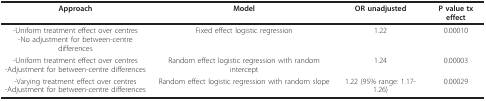
| Approach | Model | OR unadjusted | P value tx effect |
 | --- | --- | --- | --- |
 | -Uniform treatment effect over centres-No adjustment for between-centre differences | Fixed effect logistic regression | 1.22 | 0.00010 |
 | -Uniform treatment effect over centres-Adjustment for between-centre differences | Random effect logistic regression with random intercept | 1.24 | 0.00003 |
 | -Varying treatment effect over centres-Adjustment for between-centre differences | Random effect logistic regression with random slope | 1.22 (95% range: 1.17-1.26) | 0.00029 |